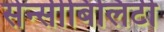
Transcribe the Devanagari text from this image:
सेन्सीबिलिटी